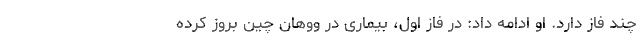
چند فاز دارد. او ادامه داد: در فاز اول، بیماری در ووهان چین بروز کرده